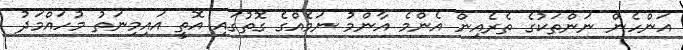
އަންހެން ނަންތަކުގެ ތެރެއިން އެންމެ އާންމު ނަމެއްގެ ގޮތުގައި އޮތީ އައިމިނަތު މުހައްމަދު